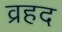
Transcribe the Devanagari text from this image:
व्रहद